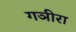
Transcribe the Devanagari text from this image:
गञीरा